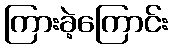
ကြားခဲ့ကြောင်း